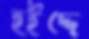
হইদ্দে